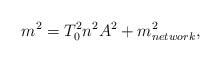
LaTeX: \begin{align*}m^2 = T_0^2 n^2 A^2 + m_{network}^2, \end{align*}